Calcutta medical institutions reports 1871-78
Year: 1871
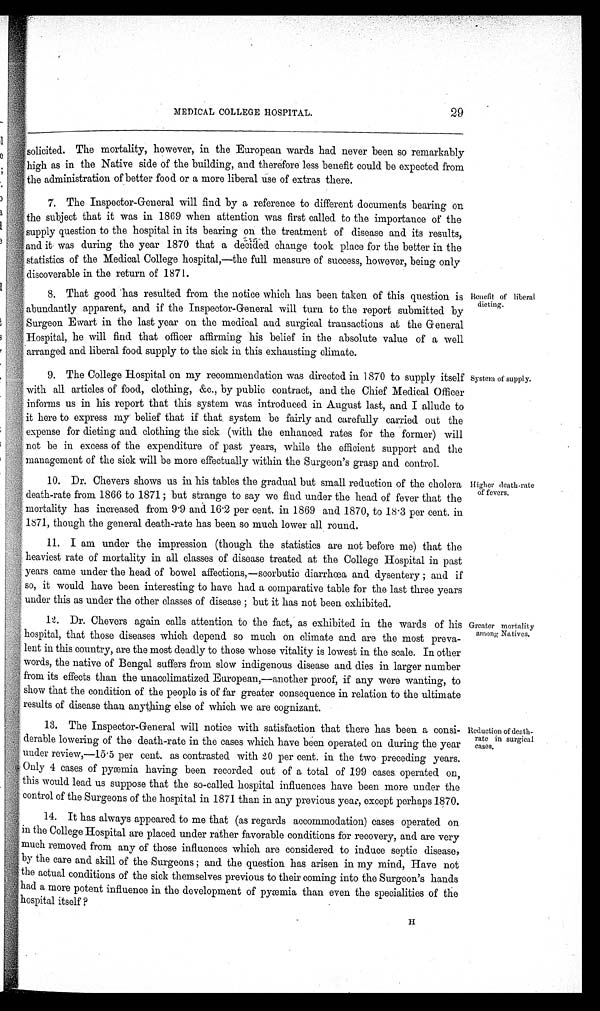
29
MEDICAL COLLEGE HOSPITAL.
solicited. The mortality, however, in the European wards had never been so remarkably
high as in the Native side of the building, and therefore less benefit could be expected from
the administration of better food or a more liberal use of extras there.
7. The Inspector-General will find by a reference to different documents bearing on
the subject that it was in 1869 when attention was first called to the importance of the
supply question to the hospital in its bearing on the treatment of disease and its results,
and it was during the year 1870 that a decided change took place for the better in the
statistics of the Medical College hospital,—the full measure of success, however, being only
discoverable in the return of 1871.
8. That good has resulted from the notice which has been taken of this question is
abundantly apparent, and if the Inspector-General will turn to the report submitted by
Surgeon Ewart in the last year on the medical and surgical transactions at the General
Hospital, he will find that officer affirming his belief in the absolute value of a well
arranged and liberal food supply to the sick in this exhausting climate.
9. The College Hospital on my recommendation was directed in 1870 to supply itself
with all articles of food, clothing, &c., by public contract, and the Chief Medical Officer
informs us in his report that this system was introduced in August last, and I allude to
it here to express my belief that if that system be fairly and carefully carried out the
expense for dieting and clothing the sick (with the enhanced rates for the former) will
not be in excess of the expenditure of past years, while the efficient support and the
management of the sick will be more effectually within the Surgeon's grasp and control.
10. Dr. Chevers shows us in his tables the gradual but small reduction of the cholera
death-rate from 1866 to 1871; but strange to say we find under the head of fever that the
mortality has increased from 9.9 and 16.2 per cent. in 1869 and 1870, to 18.3 per cent. in
1871, though the general death-rate has been so much lower all round.
11. I am under the impression (though the statistics are not before me) that the
heaviest rate of mortality in all classes of disease treated at the College Hospital in past
years came under the head of bowel affections,—scorbutic diarrhœa and dysentery; and if
so, it would have been interesting to have had a comparative table for the last three years
under this as under the other classes of disease; but it has not been exhibited.
12. Dr. Chevers again calls attention to the fact, as exhibited in the wards of his
hospital, that those diseases which depend so much on climate and are the most preva-
lent in this country, are the most deadly to those whose vitality is lowest in the scale. In other
words, the native of Bengal suffers from slow indigenous disease and dies in larger number
from its effects than the unacclimatized European,—another proof, if any were wanting, to
show that the condition of the people is of far greater consequence in relation to the ultimate
results of disease than anything else of which we are cognizant.
13. The Inspector-General will notice with satisfaction that there has been a consi-
derable lowering of the death-rate in the cases which have been operated on during the year
under review,—15.5 per cent. as contrasted with 20 per cent. in the two preceding years.
Only 4 cases of pyæmia having been recorded out of a total of 199 cases operated on,
this would lead us suppose that the so-called hospital influences have been more under the
control of the Surgeons of the hospital in 1871 than in any previous year, except perhaps 1870.
14. It has always appeared to me that (as regards accommodation) cases operated on
in the College Hospital are placed under rather favorable conditions for recovery, and are very
much removed from any of those influences which are considered to induce septic disease,
by the care and skill of the Surgeons; and the question has arisen in my mind, Have not
the actual conditions of the sick themselves previous to their coming into the Surgeon's hands
had a more potent influence in the development of pyæmia than even the specialities of the
hospital itself?
Benefit of liberal
dieting.
System of supply.
Higher death-rate
of fevers.
Greater mortality
among Natives.
Reduction of death-
rate in surgical
cases.